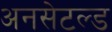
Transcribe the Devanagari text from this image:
अनसेटल्ड